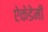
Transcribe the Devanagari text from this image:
ऐकेडेमी